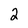
Character: 2